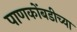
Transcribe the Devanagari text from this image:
पाणकोंबडीच्या